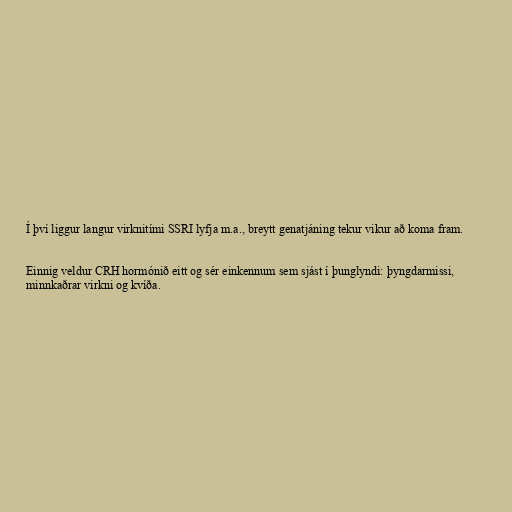
Í því liggur langur virknitími SSRI lyfja m.a., breytt genatjáning tekur vikur að koma fram.

Einnig veldur CRH hormónið eitt og sér einkennum sem sjást í þunglyndi: þyngdarmissi,
minnkaðrar virkni og kvíða.